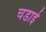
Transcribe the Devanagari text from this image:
चडाई